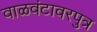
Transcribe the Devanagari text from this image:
वाळवंटावरपुत्र